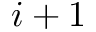
i + 1